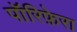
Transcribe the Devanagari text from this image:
पॉरिफ़ेरा